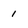
Character: 1